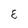
Character: 8